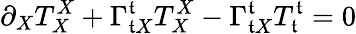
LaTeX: \partial_{X}T_{X}^{X}+\Gamma_{\mathfrak{t}X}^{\mathfrak{t}}T_{X}^{X}-\Gamma_{\mathfrak{t}X}^{\mathfrak{t}}T_{\mathfrak{t}}^{\mathfrak{t}}=0